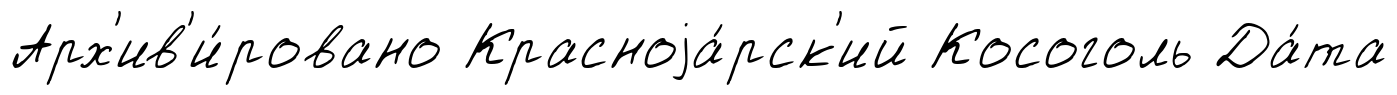
Арх'ив'и́ровано Красноjа́рск'ий Косоголь Да́та